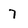
Character: 7